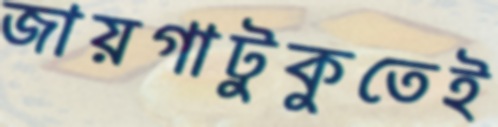
জায়গাটুকুতেই